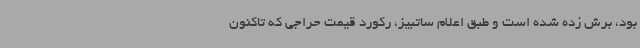
بود، برش زده شده است و طبق اعلام ساتبیز، رکورد قیمت حراجی که تاکنون